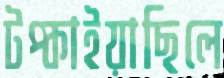
টপ্‌কাইয়াছিলে